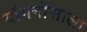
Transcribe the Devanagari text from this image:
योंगनोसाला